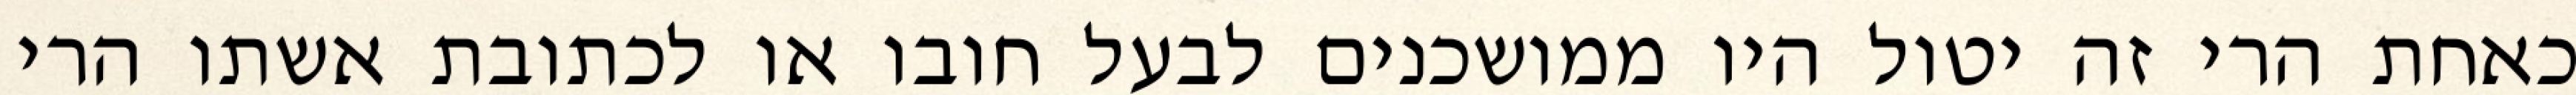
כאחת הרי זה יטול היו ממושכנים לבעל חובו או לכתובת אשתו הרי